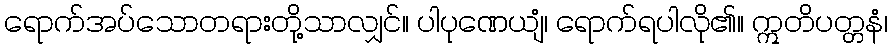
ရောက်အပ်သောတရားတို့သာလျှင်။ ပါပုဏေယျံ၊ ရောက်ရပါလို၏။ ဣတိပတ္တနံ၊